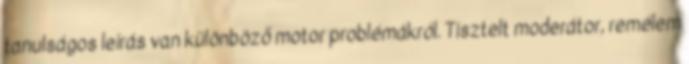
tanulságos leírás van különböző motor problémákról. Tisztelt moderátor, remélem